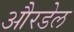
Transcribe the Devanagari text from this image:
औरडेल